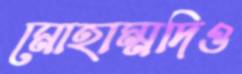
মোহাম্মদিও